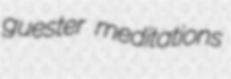
guester meditations